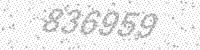
Solution: 836959